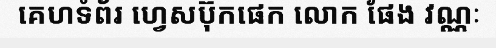
គេហទំព័រ ហ្វេសប៊ុកផេក លោក ផែង វណ្ណៈ